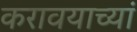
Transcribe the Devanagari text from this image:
करावयाच्यां